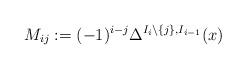
LaTeX: \begin{align*}M_{ij}:=(-1)^{i-j}\Delta^{I_i\setminus\{j\},I_{i-1}}(x)\end{align*}